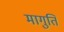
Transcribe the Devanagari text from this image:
मागुति